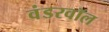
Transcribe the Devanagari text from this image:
वंडरवॉल